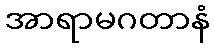
အာရာမဂတာနံ